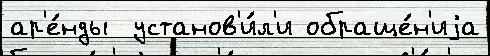
ар'е́нды  установ'и́л'и обраще́н'иjа